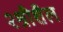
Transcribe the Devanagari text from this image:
२श्रीशैल